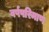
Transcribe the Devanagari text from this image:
वर्षपरिमाण